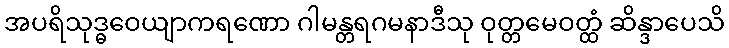
အပရိသုဒ္ဓဝေယျာကရဏော ဂါမန္တရဂမနာဒီသု ဝုတ္တမေဝတ္ထံ ဆိန္ဒာပေသိ